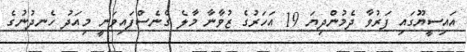
އައިސީޔޫގައި ފަރުވާ ދެމުންދިޔަ 19 އަހަަރުގެ ޒުވާނާ މާލެ ގެނެސްފައިވަނީ މިއަދު ހެނދުނުގެ